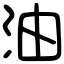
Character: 油